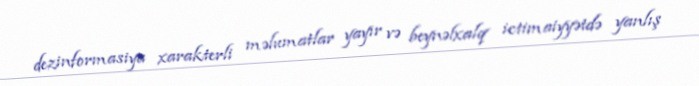
dezinformasiya xarakterli məlumatlar yayır və beynəlxalq ictimaiyyətdə yanlış